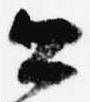
公